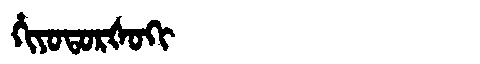
Manchu: ᡥᡳᠶᠣᡨᠣᡵᡧᠣᡴᡳ
Romanization: HIYOTORŠOKI